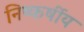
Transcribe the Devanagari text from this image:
निष्कर्षीय